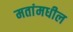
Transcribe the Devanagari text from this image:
मतांमधील